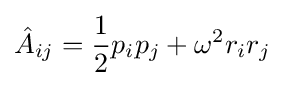
{\hat {A}}_{ij}={\frac {1}{2}}p_{i}p_{j}+\omega ^{2}r_{i}r_{j}